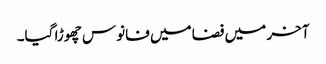
آخر میں فضا میں فانوس چھوڑا گیا۔